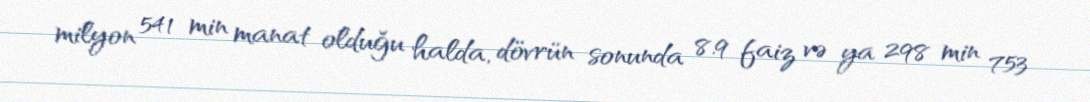
milyon 541 min manat olduğu halda, dövrün sonunda 8.9 faiz və ya 298 min 753